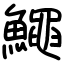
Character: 鱦